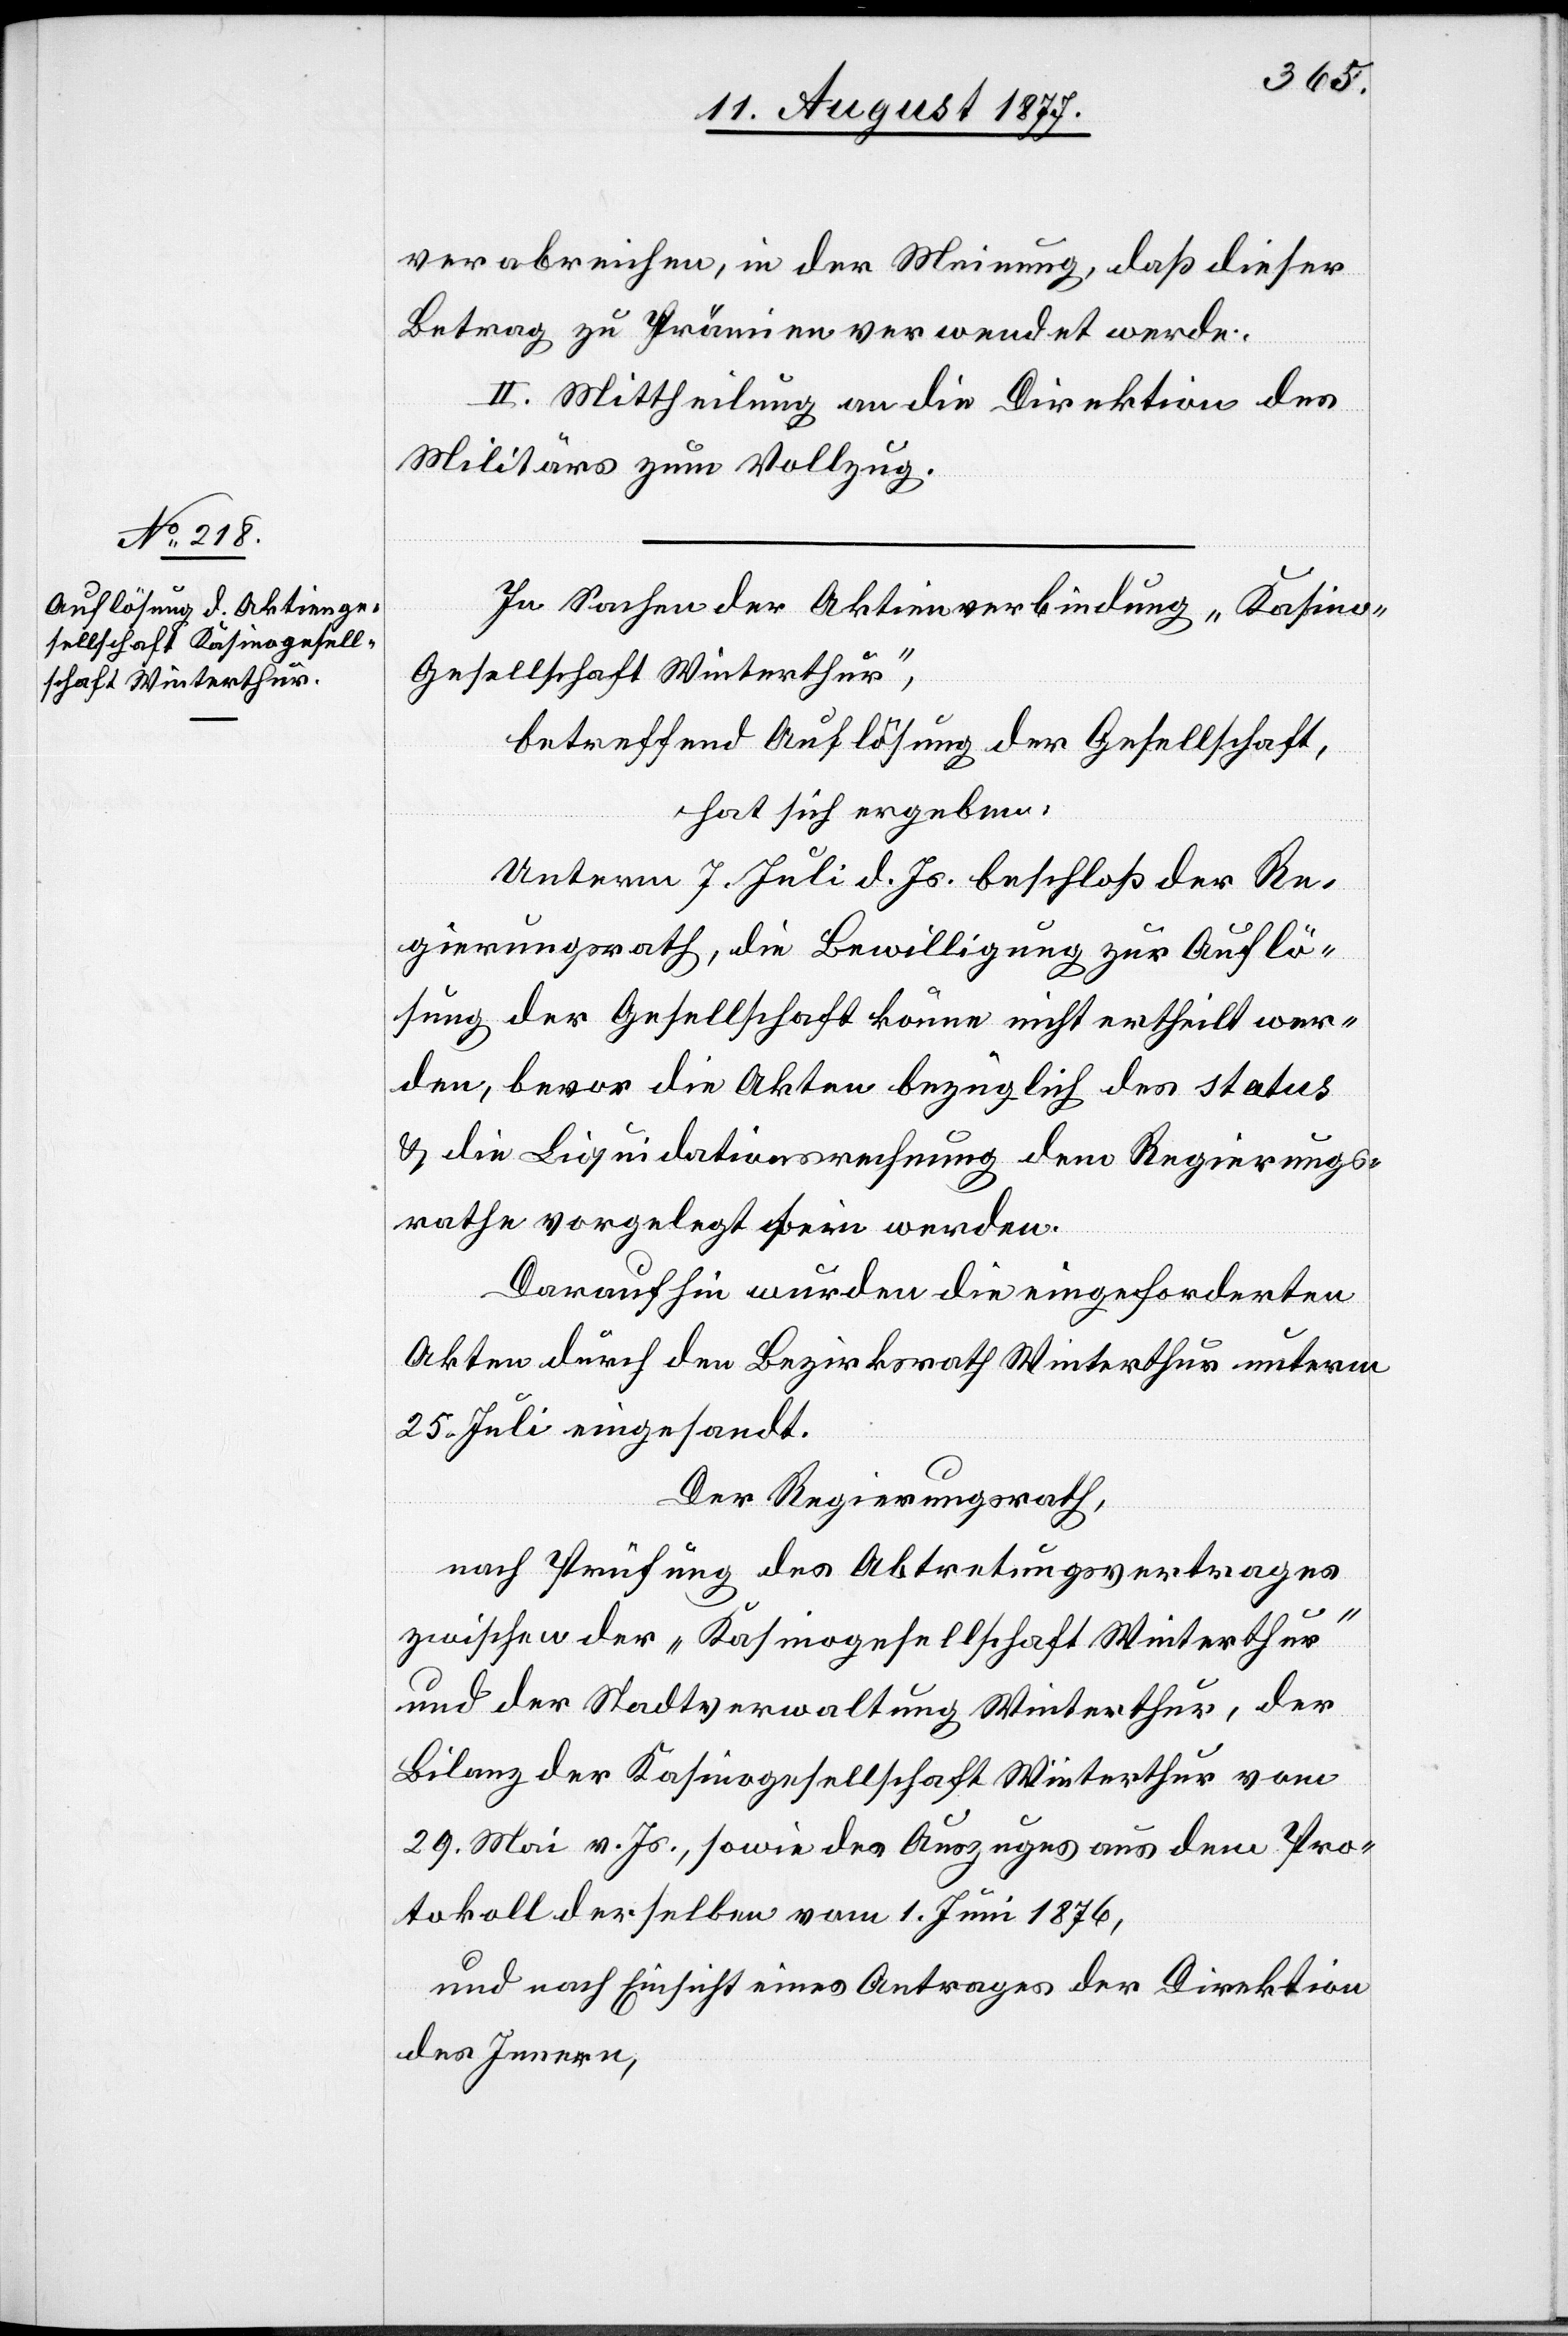
verabreichen, in der Meinung, daß dieser
Betrag zu Prämien verwendet werde.
II. Mittheilung an die Direktion des
Militärs zum Vollzug.
In Sachen der Aktienverbindung „Kasin¬
o-Gesellschaft Winterthur“,
betreffend Auflösung der Gesellschaft,
hat sich ergeben:
Unterm 7. Juli d. Js. beschloß der Re¬
gierungsrath, die Bewilligung zur Auflö¬
sung der Gesellschaft könne nicht ertheilt wer¬
den, bevor die Akten bezüglich des status
& die Liquidationsrechnung dem Regierungs¬
rathe vorgelegt sein werden.
Daraufhin wurden die eingeforderten
Akten durch den Bezirksrath Winterthur unterm
25. Juli eingesandt.
Der Regierungsrath,
nach Prüfung des Abtretungsvertrages
zwischen der „Kasinogesellschaft Winterthur“
und der Stadtverwaltung Winterthur, der
Bilanz der Kasinogesellschaft Winterthur vom
29. Mai v. Js., sowie des Auszuges aus dem Pro¬
tokoll derselben vom 1. Juni 1876,
und nach Einsicht eines Antrages der Direktion
des Innern,